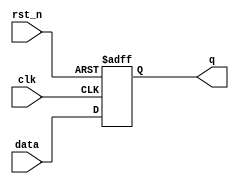
module async_reset_register (
    input wire clk,          // Clock signal
    input wire rst_n,       // Asynchronous reset signal (active low)
    input wire [7:0] data,  // Input data
    output reg [7:0] q      // Output data
);

// Asynchronous reset and clock behavior
always @(posedge clk or negedge rst_n) begin
    if (!rst_n) begin
        // Asynchronous reset: set output to zero
        q <= 8'b0;
    end else begin
        // Update output on clock edge
        q <= data;
    end
end

endmodule